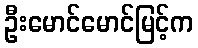
ဦးမောင်မောင်မြင့်က